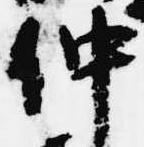
仲